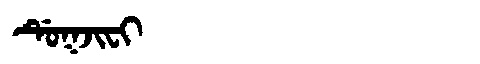
Manchu: ᡩᡠᡴᠵᡳᠸᡳ
Romanization: DUKJIFI